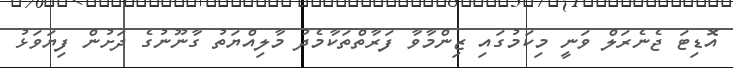
އޮޑިޓަ ޖެނެރަލް ވަނީ މިކަމުގައި ޒިންމާވާ ފަރާތްތަކާމެދު މާލިއްޔަތު ގާނޫނުގެ ދަށުން ފިޔަވަޅު